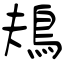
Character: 鳺